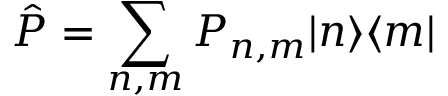
\hat { P } = \sum _ { n , m } P _ { n , m } | n \rangle \langle m |